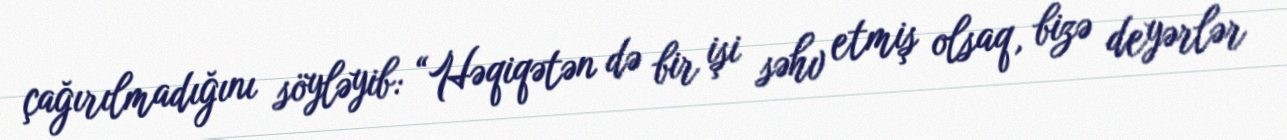
çağırılmadığını söyləyib: “Həqiqətən də bir işi səhv etmiş olsaq, bizə deyərlər